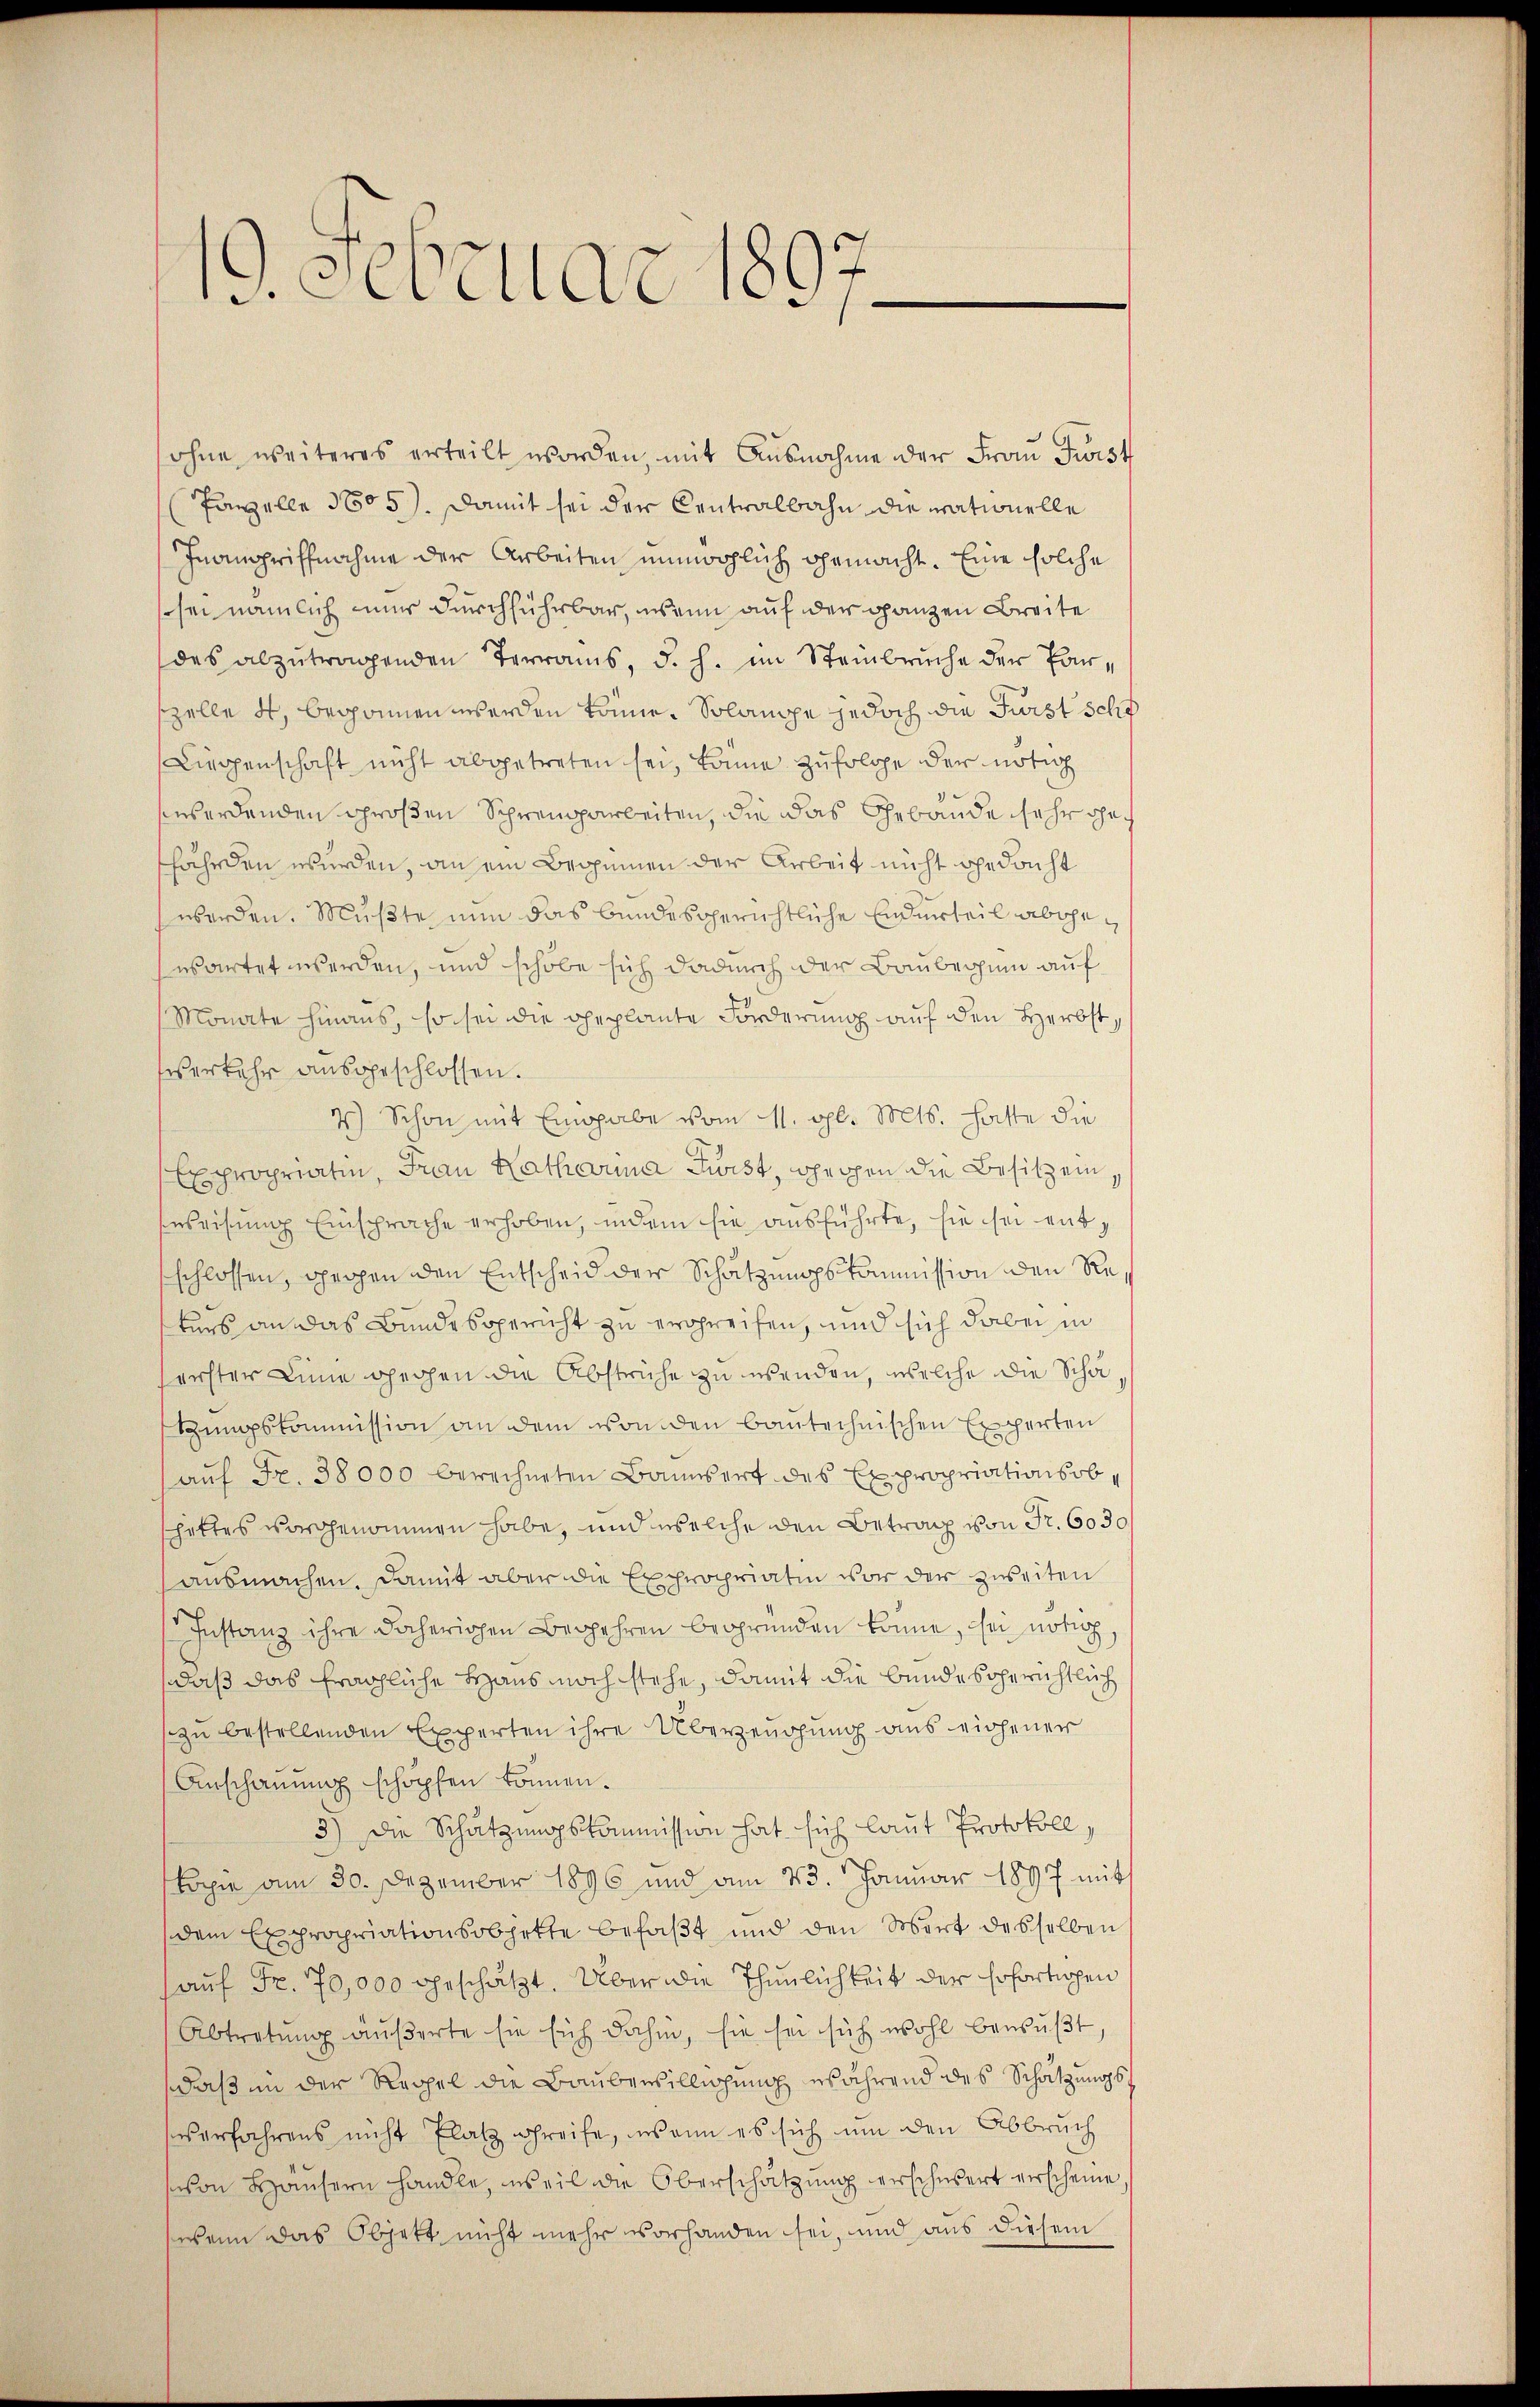
19. Februar 1897

ohne weiteres erteilt worden, mit Ausnahme der Frau Frist
Panzelle 1605). Damit sei der Centralbahn die mationelle
Inangriffnahme der Arbeiten unmöglich gemacht. Eine solche
sei nämlich einer durchführbar, wenn auf der ganzen Breite
des abzutragenden Terrains, d. h. im Steinbruche der Parszelle 4, begonnen werden könne. Solange jedoch die Fürst scho
Liegenschaft nicht abgetreten sei, könne zufolge der nötig
swerdenden großen Schreinparbeiten, die das Gebäude sehr geffährden wurden, an ein Brunnen der Arbeit nicht gedacht
werden. Müßte nun das bundesgerichtliche Endurteil abgewartet werden, und schobe sich dadurch der Baubeginn auf
Monate hinaus, so sei die geplante Forderung auf den Herbstsverkehr ausgeschlossen.
4.) Schon mit Eingabe vom 11. gl. Mts. hatte die
Expropriatin, Frau Katharina Fürst, spechen die Besitz einsweisung Einsprache erhoben, indem sie ausführte, sie sei entschlossen, sechen den Entscheid der Schätzungskommission den Reters an das Bundesgericht zu ergreifen, und sich dabei in
erster Linie gechen die Abstriche zu wenden, welche die Scha¬
Rŭngskommission an dem von den baŭtechnischen Experten
auf Fr. 38000 berechneten Baumsert des Expropriationsob,
schottes vorgenommen habe, und welche den Betrag von Fr. 6030
ausmachen. Damit aber die Expropriatin vor der zweiten
Instanz ihre daherichen Begehren begründen könne, sei nötig
daß das fragliche Haus noch stehe, damit die bundesgerichtlich
zu bestellenden Experten ihre Überzeugung aus eigener
Anschaumig schöpfen können.
3.) Die Schätzungskommission hat sich laut Protokoll,
kopie am 30. Dezember 1896 und am 23. Januar 1897 mit
dem Expropriationsobjekte befaßt und den Wert desselben
auf Fr. 70,000 geschätzt. Über die Thunlichkeit der sofortigen
Abtretung äußerte sie sich dahin, sie sei sich wohl bewußt,
daß in der Rechel die Baubenbilligung während des Schatzungs¬
Verfahrens nicht Platz greife, wenn es sich um den Abbruch
von Hausern handle, weil die Oberschätzung erschwert verscheine,
wenn das Objett nicht mehr vorhanden sei, und aus diesem